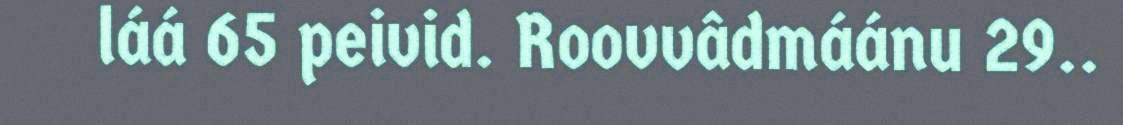
láá 65 peivid. Roovvâdmáánu 29..